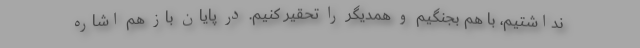
نداشتیم، با هم بجنگیم و همدیگر را تحقیر کنیم. در پایان باز هم اشاره